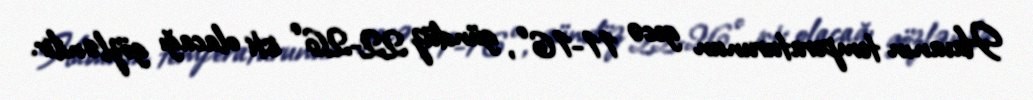
Havanın temperaturunun gecə 11-16°, gündüz 22-26° isti olacağı gözlənilir.